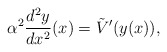
\begin{align*} \alpha^{2}\frac{d^{2}y}{dx^{2}}(x)= \tilde{V}'(y(x)), \end{align*}